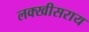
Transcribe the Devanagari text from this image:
लक्खीसराय